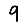
Digit: 9